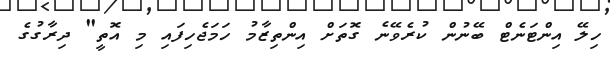
ހިލޭ އިންޓަނެޓް ބޭނުން ކުރެވޭނެ ގޮތަށް އިންތިޒާމު ހަމަޖެހިފައި މި އޮތީ" ދިރާގުގެ